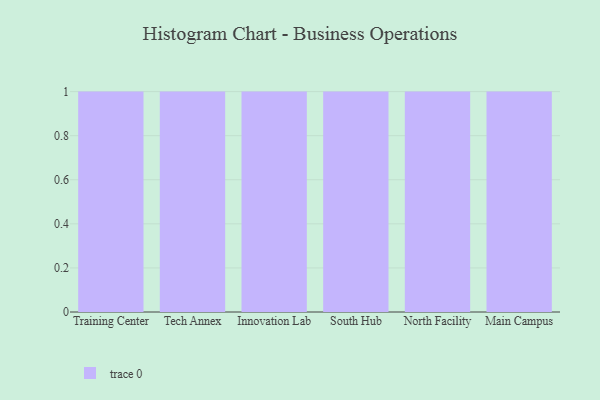
{"axis": {"x": "Campus", "y": "Active Users"}, "legend": [""], "data": [{"x": "Training Center", "y": 41, "type": ""}, {"x": "Tech Annex", "y": 43, "type": ""}, {"x": "Innovation Lab", "y": 75, "type": ""}, {"x": "South Hub", "y": 3, "type": ""}, {"x": "North Facility", "y": 69, "type": ""}, {"x": "Main Campus", "y": 95, "type": ""}]}